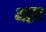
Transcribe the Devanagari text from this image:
भक़्त